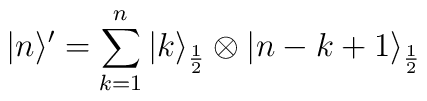
| n \rangle' = \sum_{k=1}^n | k\rangle_{\frac{1}{2}} \otimes   | n-k+1 \rangle_{\frac{1}{2}}